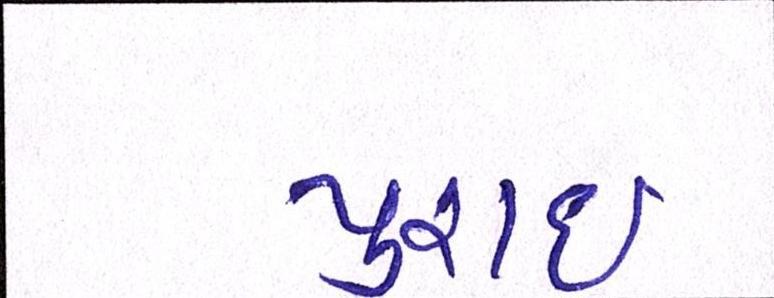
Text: પુરાઈ